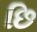
છિ